Civil Veterinary Department. Madras. Admin. report 1910-25 - 1910-1925
Year: 1910
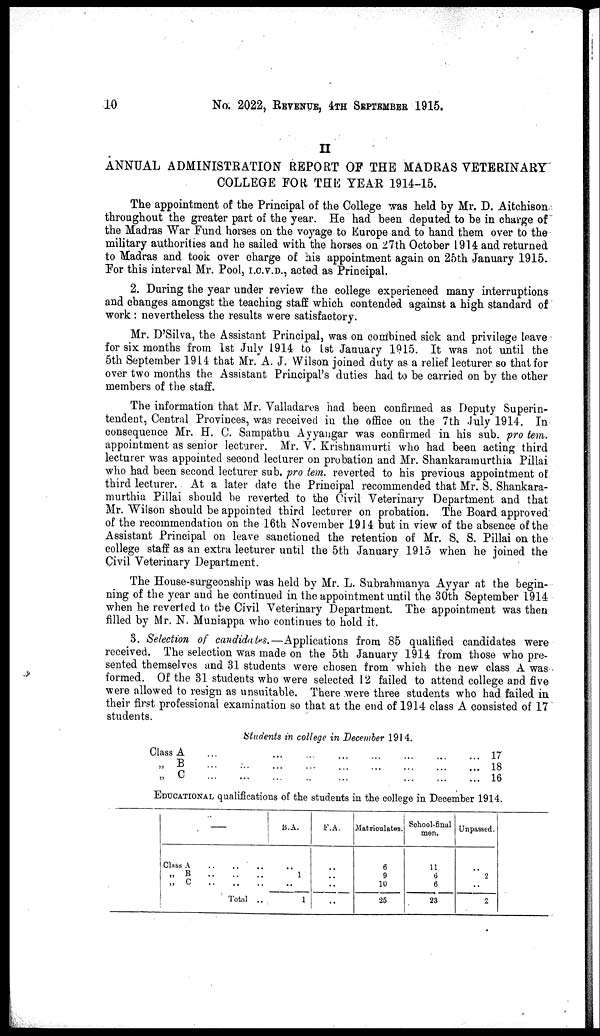
10
No. 2022, REVENUE, 4TH SEPTEMBER 1915.
II
ANNUAL ADMINISTRATION REPORT OF THE MADRAS VETERINARY
COLLEGE FOR THE YEAR 1914-15.
The appointment of the Principal of the College was held by Mr. D. Aitchison
throughout the greater part of the year. He had been deputed to be in charge of
the Madras War Fund horses on the voyage to Europe and to hand them over to the
military authorities and he sailed with the horses on 27th October 1914 and returned
to Madras and took over charge of his appointment again on 25th January 1915.
For this interval Mr. Pool, I.C.V.D., acted as Principal.
2. During the year under review the college experienced many interruptions
and changes amongst the teaching staff which contended against a high standard of
work: nevertheless the results were satisfactory.
Mr. D'Silva, the Assistant Principal, was on combined sick and privilege leave
for six months from 1st July 1914 to 1st January 1915. It was not until the
5th September 1914 that Mr. A. J. Wilson joined duty as a relief lecturer so that for
over two months the Assistant Principal's duties had to be carried on by the other
members of the staff.
The information that Mr. Valladares had been confirmed as Deputy Superin-
tendent, Central Provinces, was received in the office on the 7th July 1914. In
consequence Mr. H. C. Sampathu Ayyangar was confirmed in his sub. pro tem.
appointment as senior lecturer. Mr. V. Krishnamurti who had been acting third
lecturer was appointed second lecturer on probation and Mr. Shankaramurthia Pillai
who had been second lecturer sub. pro tem. reverted to his previous appointment of
third lecturer. At a later date the Principal recommended that Mr. S. Shankara-
murthia Pillai should be reverted to the Civil Veterinary Department and that
Mr. Wilson should be appointed third lecturer on probation. The Board approved
of the recommendation on the 16th November 1914 but in view of the absence of the
Assistant Principal on leave sanctioned the retention of Mr. S. S. Pillai on the
college staff as an extra lecturer until the 5th January 1915 when he joined the
Civil Veterinary Department.
The House-surgeonship was held by Mr. L. Subrahmanya Ayyar at the begin-
ning of the year and he continued in the appointment until the 30th September 1914
when he reverted to the Civil Veterinary Department. The appointment was then
filled by Mr. N. Muniappa who continues to hold it.
3. Selection of candidates.—Applications from 85 qualified candidates were
received. The selection was made on the 5th January 1914 from those who pre-
sented themselves and 31 students were chosen from which the new class A was
formed. Of the 31 students who were selected 12 failed to attend college and five
were allowed to resign as unsuitable, There were three students who had failed in
their first professional examination so that at the end of 1914 class A consisted of 17
students.
Students in college in December 1914.
Class A ... .. ... ...... ... ... ... ... ...
„ B ... ... ... ... ...... ... ... ... ...
„ C ... ... ... ... ... ... ... ... ... ...
17
18
16
EDUCATIONAL qualifications of the students in the college in December 1914.
—
Class A
..
..
..
„ B
..
..
..
„
C
..
..
..
Total ..
B.A.
..
1
..
1
F.A.
..
..
..
..
Matriculates.
6
9
10
25
School-final
men.
11
6
6
23
Unpassed.
..
2
..
2